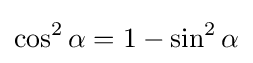
\cos ^{2}\alpha =1-\sin ^{2}\alpha